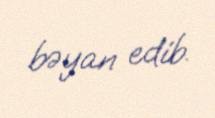
bəyan edib.